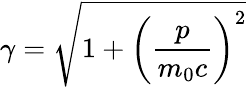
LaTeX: \gamma={\sqrt{1+\left({\frac{p}{m_{0}c}}\right)^{2}}}